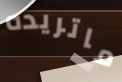
ماتريده